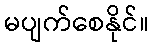
မပျက်စေနိုင်။